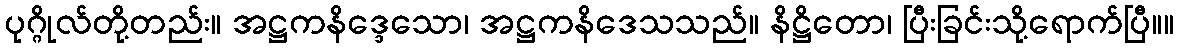
ပုဂ္ဂိုလ်တို့တည်း။ အဋ္ဌကနိဒ္ဒေသော၊ အဋ္ဌကနိဒေသသည်။ နိဋ္ဌိတော၊ ပြီးခြင်းသို့ရောက်ပြီ။။